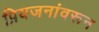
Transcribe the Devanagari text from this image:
प्रियजनांवरून